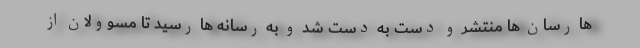
ها رسان ها منتشر و دست به دست شد و به رسانه ها رسید تا مسوولان از